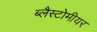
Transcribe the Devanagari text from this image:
ब्लैस्टोमीयर